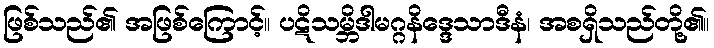
ဖြစ်သည်၏ အဖြစ်ကြောင့်။ ပဋိသမ္ဘိဒါမဂ္ဂနိဒ္ဒေသာဒီနံ၊ အစရှိသည်တို့၏။